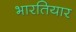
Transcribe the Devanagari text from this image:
भारतियार